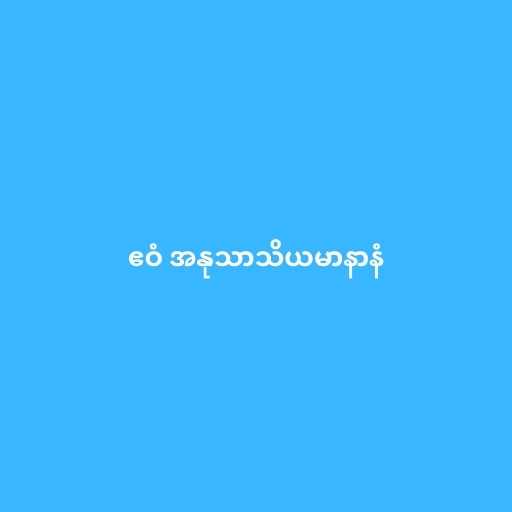
ဧဝံ အနုသာသိယမာနာနံ